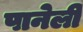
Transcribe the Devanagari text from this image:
पानेली